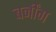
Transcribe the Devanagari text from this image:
बर्नींग